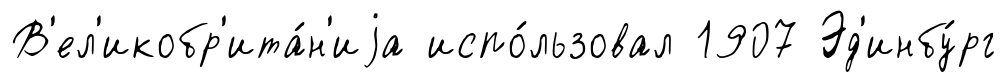
В'ел'икобр'ита́н'иjа испо́льзовал 1907 Эд'инбу́рг